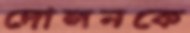
দোলনকে